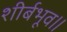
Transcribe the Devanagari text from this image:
शीर्बभूव॥